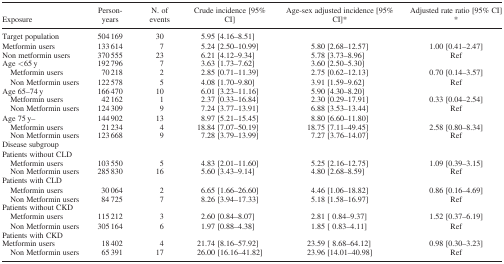
<table><thead><tr><td><b>Exposure</b></td><td><b>Person‐years</b></td><td><b>N. of events</b></td><td><b>Crude incidence [95% CI]</b></td><td><b>Age‐sex adjusted incidence [95% CI]*</b></td><td><b>Adjusted rate ratio [95% CI] *</b></td></tr></thead><tbody><tr><td>Target population</td><td>504 169</td><td>30</td><td>5.95 [4.16–8.51]</td><td></td><td></td></tr><tr><td>Metformin users</td><td>133 614</td><td>7</td><td>5.24 [2.50–10.99]</td><td>5.80 [2.68–12.57]</td><td>1.00 [0.41–2.47]</td></tr><tr><td>Non metformin users</td><td>370 555</td><td>23</td><td>6.21 [4.12–9.34]</td><td>5.78 [3.73–8.96]</td><td>Ref</td></tr><tr><td>Age &lt;65 y</td><td>192 796</td><td>7</td><td>3.63 [1.73–7.62]</td><td>3.60 [2.50–5.30]</td><td></td></tr><tr><td>Metformin users</td><td>70 218</td><td>2</td><td>2.85 [0.71–11.39]</td><td>2.75 [0.62–12.13]</td><td>0.70 [0.14–3.57]</td></tr><tr><td>Non Metformin users</td><td>122 578</td><td>5</td><td>4.08 [1.70–9.80]</td><td>3.91 [1.59–9.62]</td><td>Ref</td></tr><tr><td>Age 65–74 y</td><td>166 470</td><td>10</td><td>6.01 [3.23–11.16]</td><td>5.90 [4.30–8.20]</td><td></td></tr><tr><td>Metformin users</td><td>42 162</td><td>1</td><td>2.37 [0.33–16.84]</td><td>2.30 [0.29–17.91]</td><td>0.33 [0.04–2.54]</td></tr><tr><td>Non Metformin users</td><td>124 309</td><td>9</td><td>7.24 [3.77–13.91]</td><td>6.88 [3.53–13.44]</td><td>Ref</td></tr><tr><td>Age 75 y–</td><td>144 902</td><td>13</td><td>8.97 [5.21–15.45]</td><td>8.80 [6.60–11.80]</td><td></td></tr><tr><td>Metformin users</td><td>21 234</td><td>4</td><td>18.84 [7.07–50.19]</td><td>18.75 [7.11–49.45]</td><td>2.58 [0.80–8.34]</td></tr><tr><td>Non Metformin users</td><td>123 668</td><td>9</td><td>7.28 [3.79–13.99]</td><td>7.27 [3.76–14.07]</td><td>Ref</td></tr><tr><td>Disease subgroup</td><td></td><td></td><td></td><td></td><td></td></tr><tr><td>Patients without CLD</td><td></td><td></td><td></td><td></td><td></td></tr><tr><td>Metformin users</td><td>103 550</td><td>5</td><td>4.83 [2.01–11.60]</td><td>5.25 [2.16–12.75]</td><td>1.09 [0.39–3.15]</td></tr><tr><td>Non Metformin users</td><td>285 830</td><td>16</td><td>5.60 [3.43–9.14]</td><td>4.80 [2.68–8.59]</td><td>Ref</td></tr><tr><td>Patients with CLD</td><td></td><td></td><td></td><td></td><td></td></tr><tr><td>Metformin users</td><td>30 064</td><td>2</td><td>6.65 [1.66–26.60]</td><td>4.46 [1.06–18.82]</td><td>0.86 [0.16–4.69]</td></tr><tr><td>Non Metformin users</td><td>84 725</td><td>7</td><td>8.26 [3.94–17.33]</td><td>5.18 [1.58–16.97]</td><td>Ref</td></tr><tr><td>Patients without CKD</td><td></td><td></td><td></td><td></td><td></td></tr><tr><td>Metformin users</td><td>115 212</td><td>3</td><td>2.60 [0.84–8.07]</td><td>2.81 [ 0.84–9.37]</td><td>1.52 [0.37–6.19]</td></tr><tr><td>Non Metformin users</td><td>305 164</td><td>6</td><td>1.97 [0.88–4.38]</td><td>1.85 [ 0.83–4.11]</td><td>Ref</td></tr><tr><td>Patients with CKD</td><td></td><td></td><td></td><td></td><td></td></tr><tr><td>Metformin users</td><td>18 402</td><td>4</td><td>21.74 [8.16–57.92]</td><td>23.59 [ 8.68–64.12]</td><td>0.98 [0.30–3.23]</td></tr><tr><td>Non Metformin users</td><td>65 391</td><td>17</td><td>26.00 [16.16–41.82]</td><td>23.96 [14.01–40.98]</td><td>Ref</td></tr></tbody></table>